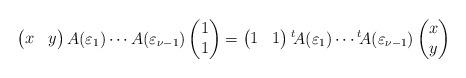
LaTeX: \begin{align*}\left(\begin{matrix}x&y\end{matrix}\right)A(\varepsilon_1)\cdots A(\varepsilon_{\nu-1})\left(\begin{matrix}1\\1\end{matrix}\right)=\left(\begin{matrix}1&1\end{matrix}\right){}^t\!A(\varepsilon_1)\cdots {}^t\!A(\varepsilon_{\nu-1})\left(\begin{matrix}x\\y\end{matrix}\right)\end{align*}